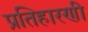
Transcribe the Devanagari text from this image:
प्रतिहारणी